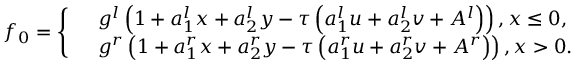
{ { f } _ { 0 } } = \left\{ \begin{array} { r l } & { { { g } ^ { l } } \left( 1 + a _ { 1 } ^ { l } x + a _ { 2 } ^ { l } y - \tau \left( a _ { 1 } ^ { l } u + a _ { 2 } ^ { l } v + { { A } ^ { l } } \right) \right) , x \le 0 , } \\ & { { { g } ^ { r } } \left( 1 + a _ { 1 } ^ { r } x + a _ { 2 } ^ { r } y - \tau \left( a _ { 1 } ^ { r } u + a _ { 2 } ^ { r } v + { { A } ^ { r } } \right) \right) , x > 0 . } \end{array} \right.